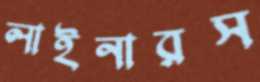
লাইনারস